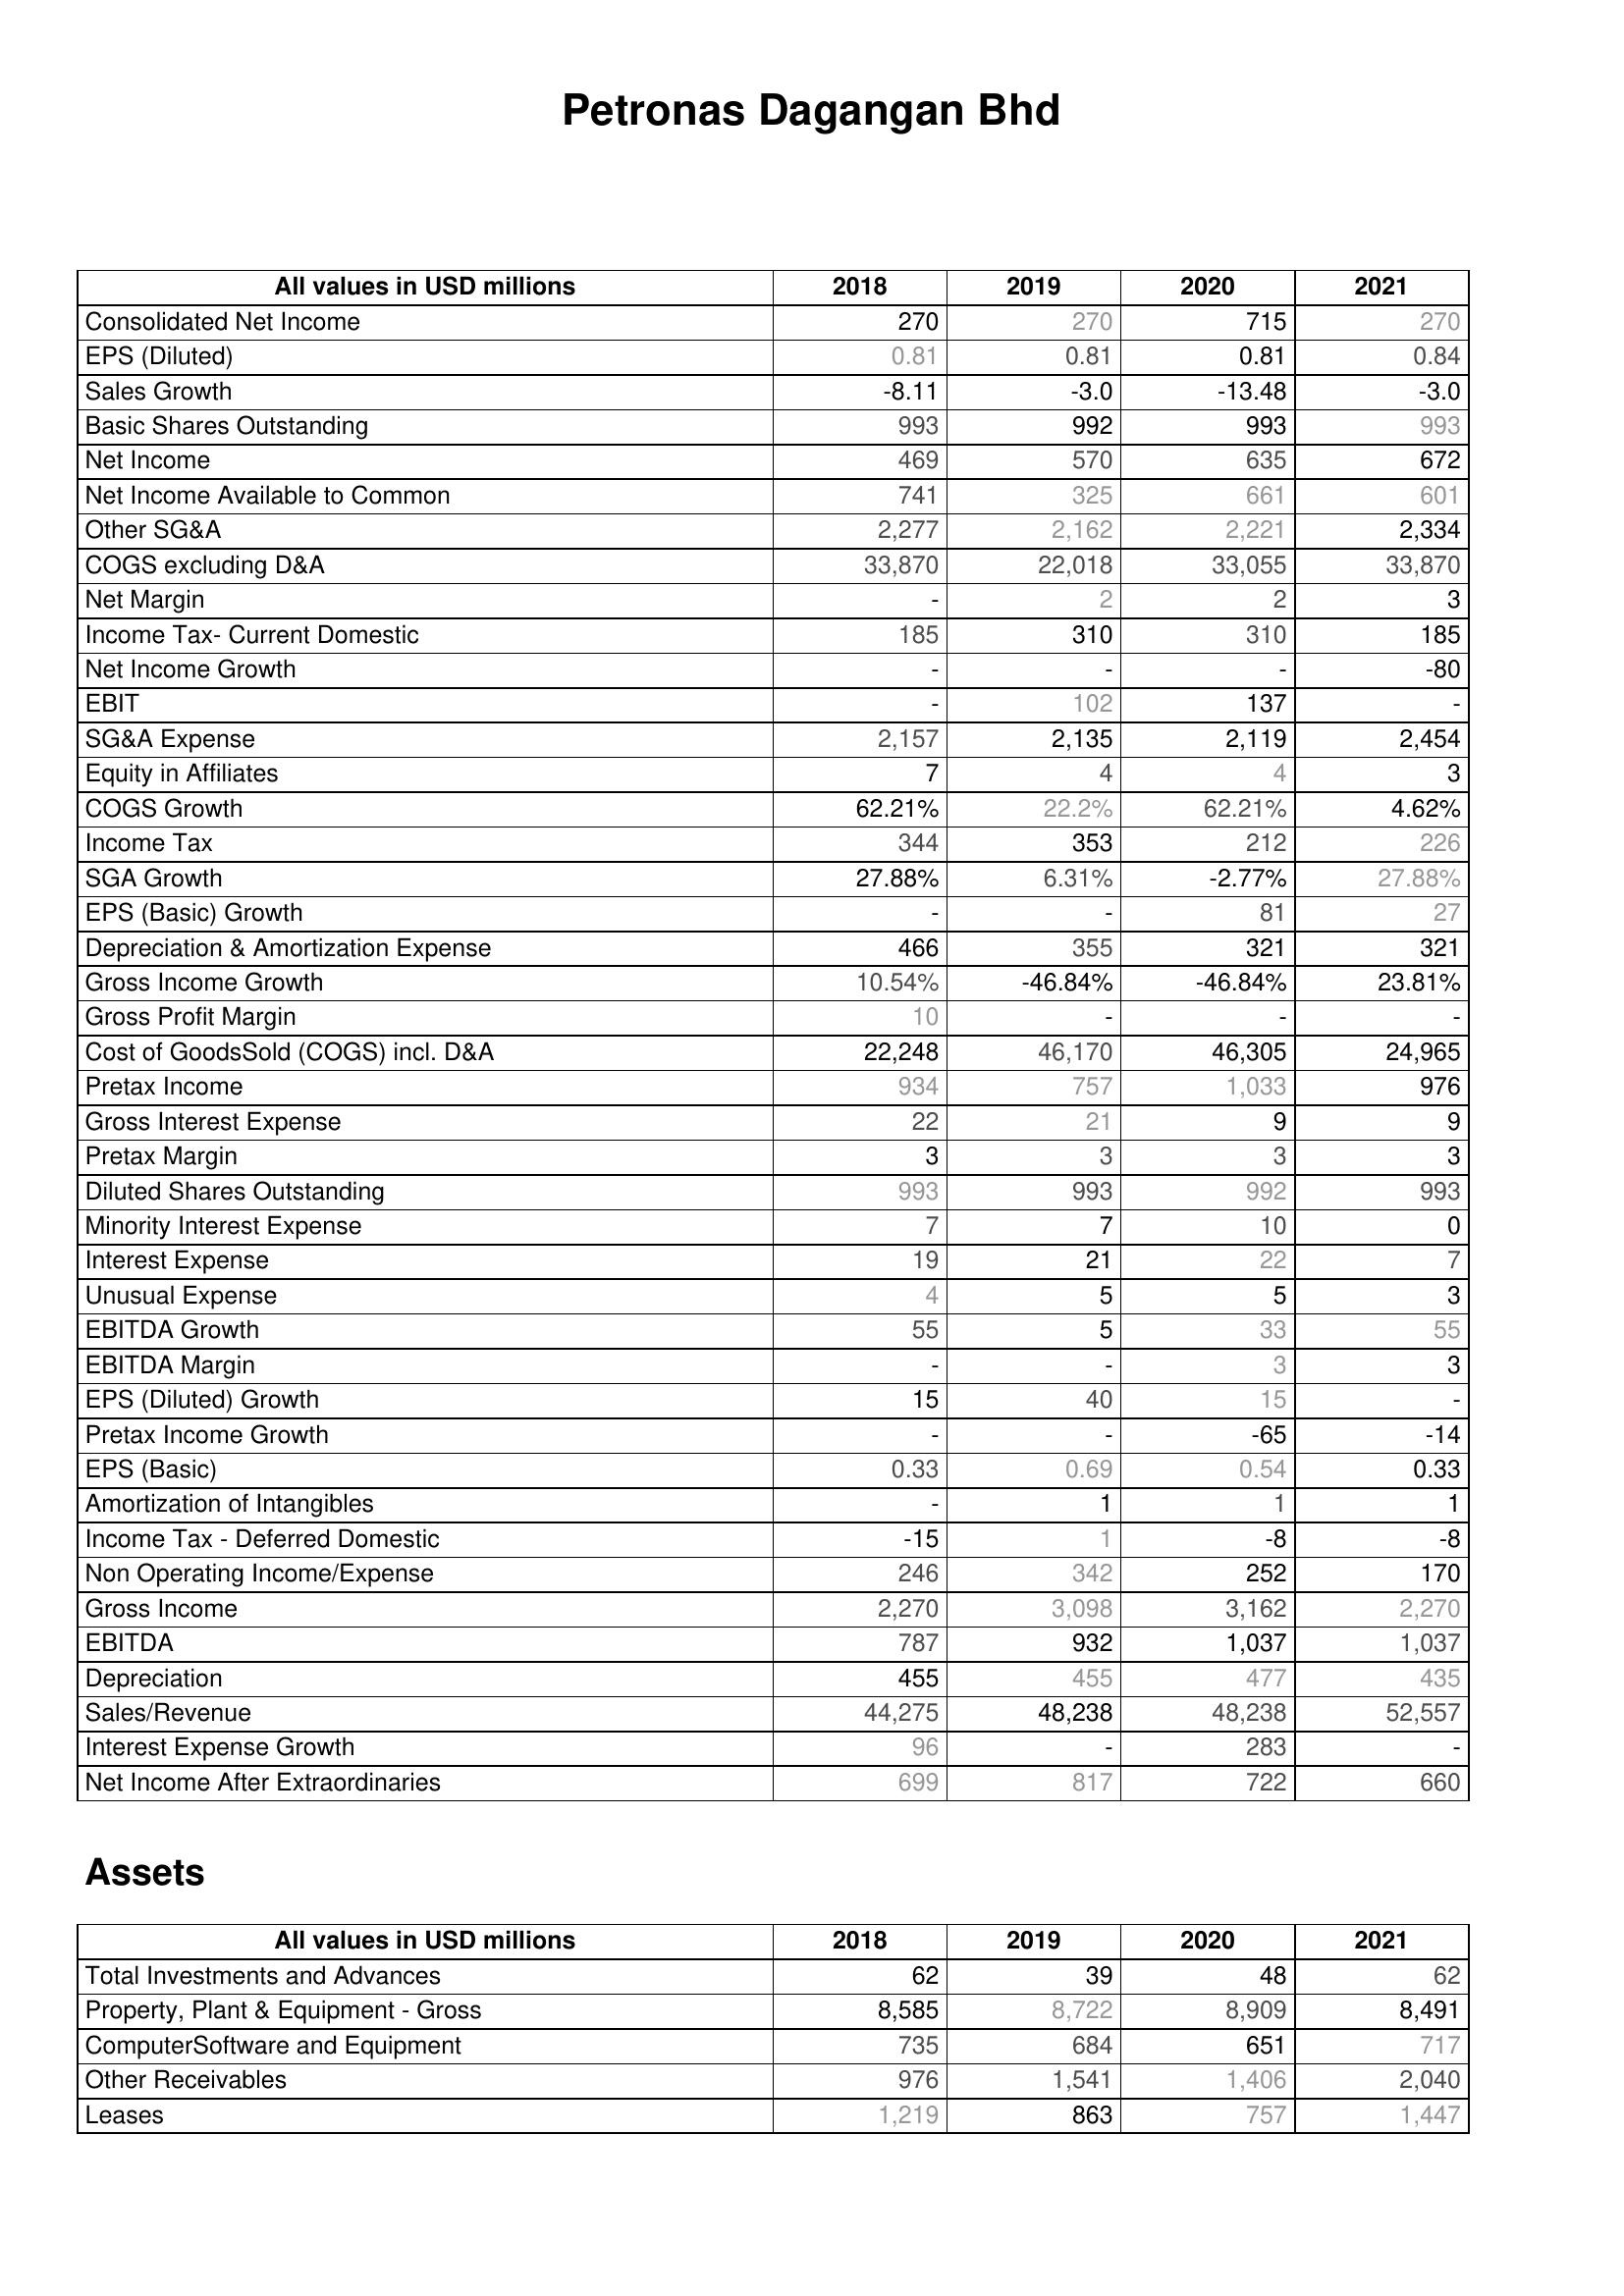
2018: : Consolidated Net Income: 270
EPS (Diluted): 0.81
Sales Growth: -8.11
Basic Shares Outstanding: 993
Net Income: 469
Net Income Available to Common: 741
Other SG&A: 2,277
COGS excluding D&A: 33,870
Net Margin: -
Income Tax- Current Domestic: 185
Net Income Growth: -
EBIT: -
SG&A Expense: 2,157
Equity in Affiliates: 7
COGS Growth: 62.21%
Income Tax: 344
SGA Growth: 27.88%
EPS (Basic) Growth: -
Depreciation & Amortization Expense: 466
Gross Income Growth: 10.54%
Gross Profit Margin: 10
Cost of GoodsSold (COGS) incl. D&A: 22,248
Pretax Income: 934
Gross Interest Expense: 22
Pretax Margin: 3
Diluted Shares Outstanding: 993
Minority Interest Expense: 7
Interest Expense: 19
Unusual Expense: 4
EBITDA Growth: 55
EBITDA Margin: -
EPS (Diluted) Growth: 15
Pretax Income Growth: -
EPS (Basic): 0.33
Amortization of Intangibles: -
Income Tax - Deferred Domestic: -15
Non Operating Income/Expense: 246
Gross Income: 2,270
EBITDA: 787
Depreciation: 455
Sales/Revenue: 44,275
Interest Expense Growth: 96
Net Income After Extraordinaries: 699
Assets: Total Investments and Advances: 62
Property, Plant & Equipment - Gross : 8,585
ComputerSoftware and Equipment: 735
Other Receivables: 976
Leases: 1,219
2019: : Consolidated Net Income: 270
EPS (Diluted): 0.81
Sales Growth: -3.0
Basic Shares Outstanding: 992
Net Income: 570
Net Income Available to Common: 325
Other SG&A: 2,162
COGS excluding D&A: 22,018
Net Margin: 2
Income Tax- Current Domestic: 310
Net Income Growth: -
EBIT: 102
SG&A Expense: 2,135
Equity in Affiliates: 4
COGS Growth: 22.2%
Income Tax: 353
SGA Growth: 6.31%
EPS (Basic) Growth: -
Depreciation & Amortization Expense: 355
Gross Income Growth: -46.84%
Gross Profit Margin: -
Cost of GoodsSold (COGS) incl. D&A: 46,170
Pretax Income: 757
Gross Interest Expense: 21
Pretax Margin: 3
Diluted Shares Outstanding: 993
Minority Interest Expense: 7
Interest Expense: 21
Unusual Expense: 5
EBITDA Growth: 5
EBITDA Margin: -
EPS (Diluted) Growth: 40
Pretax Income Growth: -
EPS (Basic): 0.69
Amortization of Intangibles: 1
Income Tax - Deferred Domestic: 1
Non Operating Income/Expense: 342
Gross Income: 3,098
EBITDA: 932
Depreciation: 455
Sales/Revenue: 48,238
Interest Expense Growth: -
Net Income After Extraordinaries: 817
Assets: Total Investments and Advances: 39
Property, Plant & Equipment - Gross : 8,722
ComputerSoftware and Equipment: 684
Other Receivables: 1,541
Leases: 863
2020: : Consolidated Net Income: 715
EPS (Diluted): 0.81
Sales Growth: -13.48
Basic Shares Outstanding: 993
Net Income: 635
Net Income Available to Common: 661
Other SG&A: 2,221
COGS excluding D&A: 33,055
Net Margin: 2
Income Tax- Current Domestic: 310
Net Income Growth: -
EBIT: 137
SG&A Expense: 2,119
Equity in Affiliates: 4
COGS Growth: 62.21%
Income Tax: 212
SGA Growth: -2.77%
EPS (Basic) Growth: 81
Depreciation & Amortization Expense: 321
Gross Income Growth: -46.84%
Gross Profit Margin: -
Cost of GoodsSold (COGS) incl. D&A: 46,305
Pretax Income: 1,033
Gross Interest Expense: 9
Pretax Margin: 3
Diluted Shares Outstanding: 992
Minority Interest Expense: 10
Interest Expense: 22
Unusual Expense: 5
EBITDA Growth: 33
EBITDA Margin: 3
EPS (Diluted) Growth: 15
Pretax Income Growth: -65
EPS (Basic): 0.54
Amortization of Intangibles: 1
Income Tax - Deferred Domestic: -8
Non Operating Income/Expense: 252
Gross Income: 3,162
EBITDA: 1,037
Depreciation: 477
Sales/Revenue: 48,238
Interest Expense Growth: 283
Net Income After Extraordinaries: 722
Assets: Total Investments and Advances: 48
Property, Plant & Equipment - Gross : 8,909
ComputerSoftware and Equipment: 651
Other Receivables: 1,406
Leases: 757
2021: : Consolidated Net Income: 270
EPS (Diluted): 0.84
Sales Growth: -3.0
Basic Shares Outstanding: 993
Net Income: 672
Net Income Available to Common: 601
Other SG&A: 2,334
COGS excluding D&A: 33,870
Net Margin: 3
Income Tax- Current Domestic: 185
Net Income Growth: -80
EBIT: -
SG&A Expense: 2,454
Equity in Affiliates: 3
COGS Growth: 4.62%
Income Tax: 226
SGA Growth: 27.88%
EPS (Basic) Growth: 27
Depreciation & Amortization Expense: 321
Gross Income Growth: 23.81%
Gross Profit Margin: -
Cost of GoodsSold (COGS) incl. D&A: 24,965
Pretax Income: 976
Gross Interest Expense: 9
Pretax Margin: 3
Diluted Shares Outstanding: 993
Minority Interest Expense: 0
Interest Expense: 7
Unusual Expense: 3
EBITDA Growth: 55
EBITDA Margin: 3
EPS (Diluted) Growth: -
Pretax Income Growth: -14
EPS (Basic): 0.33
Amortization of Intangibles: 1
Income Tax - Deferred Domestic: -8
Non Operating Income/Expense: 170
Gross Income: 2,270
EBITDA: 1,037
Depreciation: 435
Sales/Revenue: 52,557
Interest Expense Growth: -
Net Income After Extraordinaries: 660
Assets: Total Investments and Advances: 62
Property, Plant & Equipment - Gross : 8,491
ComputerSoftware and Equipment: 717
Other Receivables: 2,040
Leases: 1,447